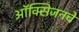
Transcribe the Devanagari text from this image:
ऑक्‍सिजनचे